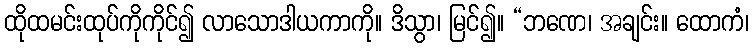
ထိုထမင်းထုပ်ကိုကိုင်၍ လာသောဒါယကာကို။ ဒိသွာ၊ မြင်၍။ “ဘဏေ၊ အချင်း။ ထောကံ၊